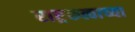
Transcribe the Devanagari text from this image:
राष्ट्रकत्वाच्या